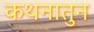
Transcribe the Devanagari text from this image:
कथनातुन